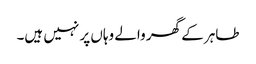
طاہر کے گھر والے وہاں پر نہیں ہیں۔